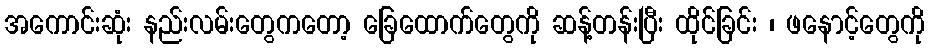
အကောင်းဆုံး နည်းလမ်းတွေကတော့ ခြေထောက်တွေကို ဆန့်တန်းပြီး ထိုင်ခြင်း ၊ ဖနောင့်တွေကို